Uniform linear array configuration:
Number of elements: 8
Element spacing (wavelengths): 1
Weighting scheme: hamming
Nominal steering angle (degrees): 0
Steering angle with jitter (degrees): -1.851
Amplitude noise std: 0.05
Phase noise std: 0.05

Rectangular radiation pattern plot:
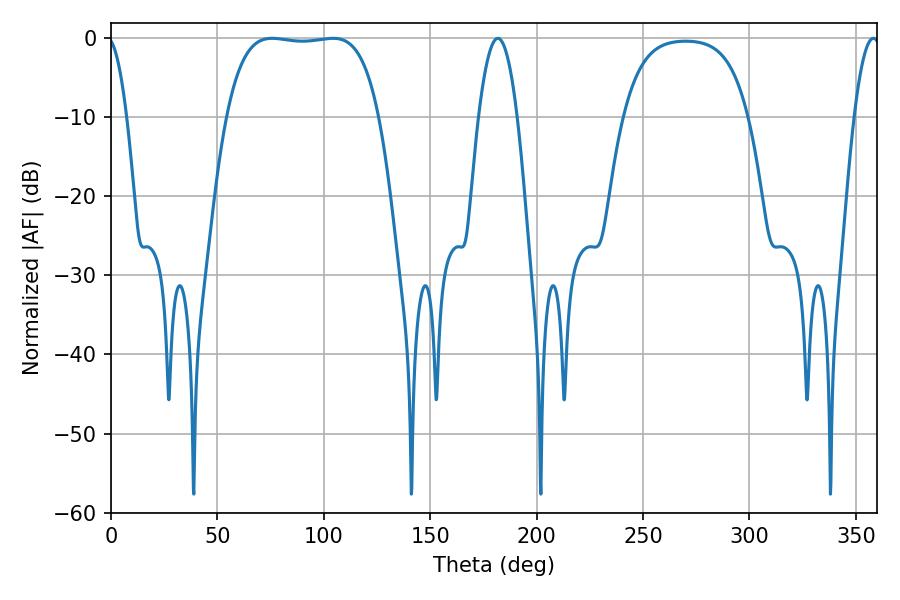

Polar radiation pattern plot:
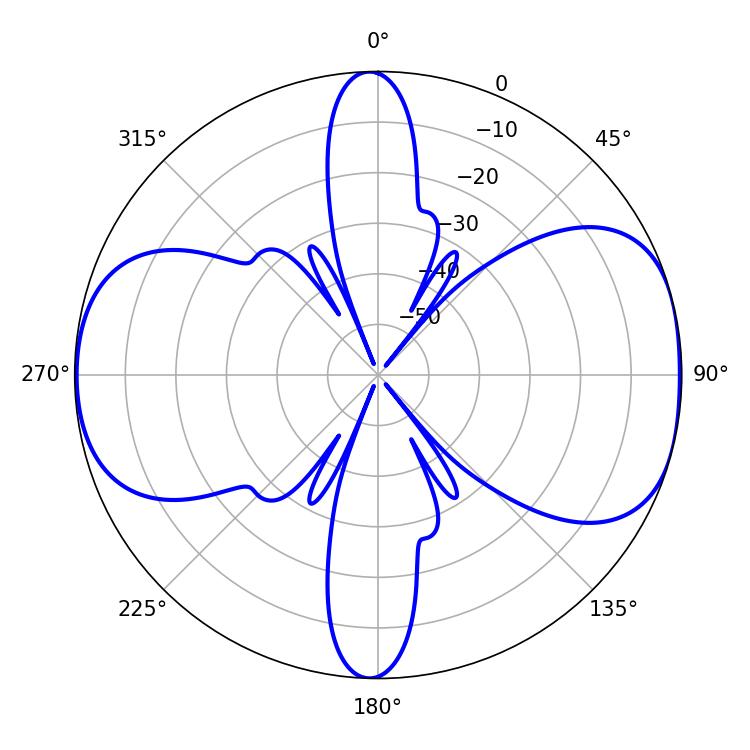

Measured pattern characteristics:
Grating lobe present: TRUE
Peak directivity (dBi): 8.51
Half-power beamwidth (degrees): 56.16
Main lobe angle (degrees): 75.78